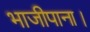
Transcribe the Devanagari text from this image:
भाजीपाना।